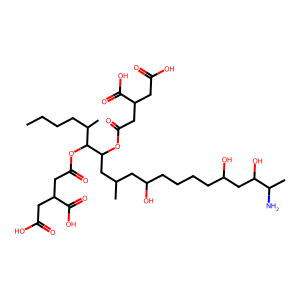
SMILES: CCCCC(C)C(OC(=O)CC(CC(=O)O)C(=O)O)C(CC(C)CC(O)CCCCC(O)CC(O)C(C)N)OC(=O)CC(CC(=O)O)C(=O)O
Inhibits HIV replication: No